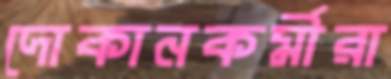
দোকানকর্মীরা